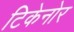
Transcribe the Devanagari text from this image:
टिकेनोर